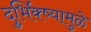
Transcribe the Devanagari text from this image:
दुर्भिक्ष्यामुळे